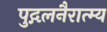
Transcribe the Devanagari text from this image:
पुद्गलनैरात्म्य